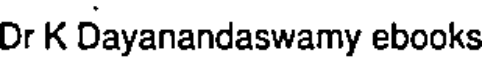
Dr K Dayanandaswamy ebooks